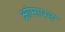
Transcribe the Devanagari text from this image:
आंमापन